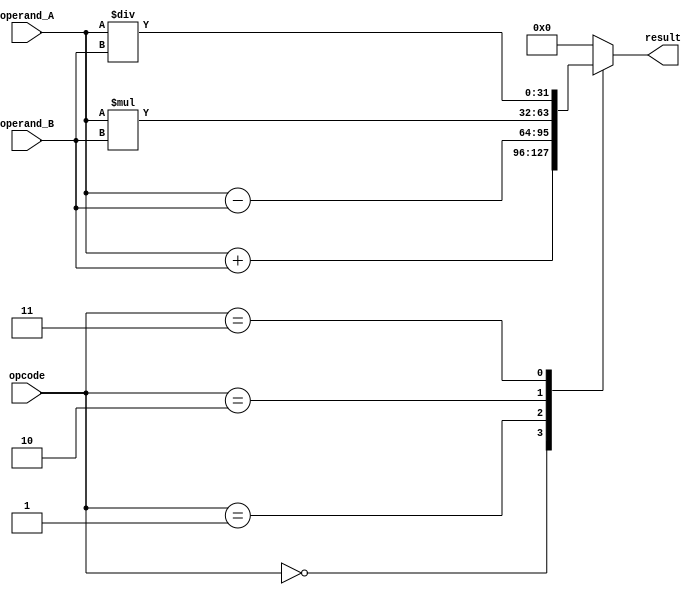
module floating_point_ALU (
    input wire [31:0] operand_A,  // Input operand A
    input wire [31:0] operand_B,  // Input operand B
    input wire [2:0] opcode,      // Operation code
    output reg [31:0] result       // Output result
);

// Define operation codes
parameter ADD = 3'b000;
parameter SUB = 3'b001;
parameter MUL = 3'b010;
parameter DIV = 3'b011;

always @(*) begin
    case(opcode)
        ADD: result = operand_A + operand_B;
        SUB: result = operand_A - operand_B;
        MUL: result = operand_A * operand_B;
        DIV: result = operand_A / operand_B;
        default: result = 32'b0;    // Default case
    endcase
end

endmodule